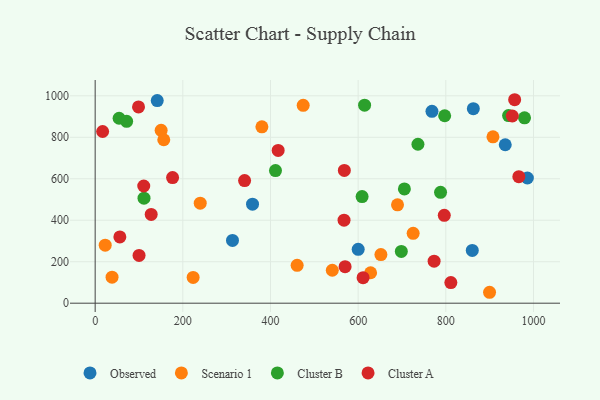
{"axis": {"x": "Investment", "y": "Exam Score"}, "legend": ["Cluster A", "Cluster B", "Observed", "Scenario 1"], "data": [{"x": "141.6", "y": 976.9, "type": "Observed"}, {"x": "860.4", "y": 254.7, "type": "Observed"}, {"x": "935.6", "y": 764.0, "type": "Observed"}, {"x": "862.8", "y": 937.8, "type": "Observed"}, {"x": "359.0", "y": 477.3, "type": "Observed"}, {"x": "986.1", "y": 603.6, "type": "Observed"}, {"x": "600.1", "y": 259.6, "type": "Observed"}, {"x": "768.4", "y": 925.3, "type": "Observed"}, {"x": "313.3", "y": 302.7, "type": "Observed"}, {"x": "541.0", "y": 158.9, "type": "Scenario 1"}, {"x": "628.4", "y": 146.8, "type": "Scenario 1"}, {"x": "38.5", "y": 125.4, "type": "Scenario 1"}, {"x": "460.8", "y": 182.5, "type": "Scenario 1"}, {"x": "474.6", "y": 953.9, "type": "Scenario 1"}, {"x": "150.5", "y": 833.5, "type": "Scenario 1"}, {"x": "725.5", "y": 337.0, "type": "Scenario 1"}, {"x": "156.5", "y": 788.2, "type": "Scenario 1"}, {"x": "907.6", "y": 802.2, "type": "Scenario 1"}, {"x": "899.8", "y": 52.7, "type": "Scenario 1"}, {"x": "223.5", "y": 124.1, "type": "Scenario 1"}, {"x": "239.7", "y": 482.1, "type": "Scenario 1"}, {"x": "380.4", "y": 850.2, "type": "Scenario 1"}, {"x": "651.9", "y": 234.5, "type": "Scenario 1"}, {"x": "689.8", "y": 474.4, "type": "Scenario 1"}, {"x": "22.9", "y": 279.8, "type": "Scenario 1"}, {"x": "54.6", "y": 891.7, "type": "Cluster B"}, {"x": "943.2", "y": 904.6, "type": "Cluster B"}, {"x": "736.4", "y": 766.4, "type": "Cluster B"}, {"x": "411.4", "y": 639.4, "type": "Cluster B"}, {"x": "111.4", "y": 506.3, "type": "Cluster B"}, {"x": "614.7", "y": 954.7, "type": "Cluster B"}, {"x": "698.5", "y": 249.7, "type": "Cluster B"}, {"x": "705.5", "y": 550.9, "type": "Cluster B"}, {"x": "609.0", "y": 514.0, "type": "Cluster B"}, {"x": "979.6", "y": 893.7, "type": "Cluster B"}, {"x": "797.4", "y": 903.8, "type": "Cluster B"}, {"x": "71.8", "y": 876.8, "type": "Cluster B"}, {"x": "788.0", "y": 534.5, "type": "Cluster B"}, {"x": "56.3", "y": 319.4, "type": "Cluster A"}, {"x": "340.9", "y": 591.5, "type": "Cluster A"}, {"x": "951.7", "y": 902.7, "type": "Cluster A"}, {"x": "176.6", "y": 605.5, "type": "Cluster A"}, {"x": "966.6", "y": 610.0, "type": "Cluster A"}, {"x": "811.5", "y": 99.3, "type": "Cluster A"}, {"x": "796.5", "y": 423.8, "type": "Cluster A"}, {"x": "773.3", "y": 202.5, "type": "Cluster A"}, {"x": "417.5", "y": 736.8, "type": "Cluster A"}, {"x": "611.3", "y": 123.0, "type": "Cluster A"}, {"x": "100.1", "y": 230.4, "type": "Cluster A"}, {"x": "127.8", "y": 428.2, "type": "Cluster A"}, {"x": "98.9", "y": 946.4, "type": "Cluster A"}, {"x": "568.5", "y": 640.3, "type": "Cluster A"}, {"x": "957.1", "y": 981.1, "type": "Cluster A"}, {"x": "110.8", "y": 565.2, "type": "Cluster A"}, {"x": "567.8", "y": 400.3, "type": "Cluster A"}, {"x": "570.2", "y": 176.0, "type": "Cluster A"}, {"x": "17.0", "y": 828.0, "type": "Cluster A"}]}